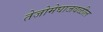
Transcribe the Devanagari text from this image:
तेजोमेघाजवळील